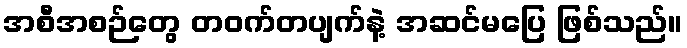
အစီအစဉ်တွေ တဝက်တပျက်နဲ့ အဆင်မပြေ ဖြစ်သည်။